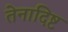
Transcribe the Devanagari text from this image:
तेनादिष्ट